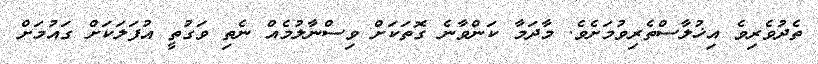
ތެދުވެރިވެ އިޚުލާސްތެރިވުމަށެވެ. މާދަމާ ކަންވާނެ ގޮތަކަށް ވިސްނާލުމެއް ނެތި ވަގުތީ އުފަލަކަށް ގައުމަށް